Black-water fever - Number 35
Disease focus: Fever
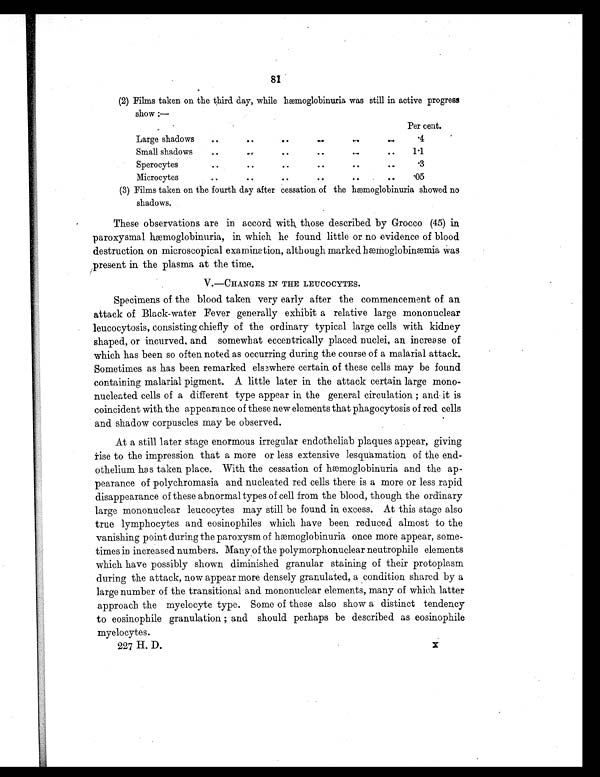
81
(2) Films taken on the third day, while hæmoglobinuria was still in active progress
show :—
Per cent.
Large shadows
. .
. .
. . . .
. .
. .
.4
Small shadows
. .
. .
. .
. .
. .
. .
1.1
Sperocyte
. .
..
. .
. .
. .
..
.3
Microcytes
. .
. .
. .
..
..
. .
.05
(3) Films taken on the fourth day after cessation of the hæmoglobinuria showed no
shadows.
These observations are in accord with those described by Grocco (45) in
paroxysmal hæmoglobinuria, in which he found little or no evidence of blood
destruction on microscopical examination, although marked hæmoglobinmia was
present in the plasma at the time.
V.—CHANGES IN THE LEUCOCYTES.
Specimens of the blood taken very early after the commencement of an
attack of Black-water Fever generally exhibit a relative large mononuclear
leucocytosis, consisting chiefly of the ordinary typical large cells with kidney
shaped, or incurved, and somewhat eccentrically placed nuclei, an increase of
which has been so often noted as occurring during the course of a malarial attack.
Sometimes as has been remarked elsewhere certain of these cells may be found
containing malarial pigment. A little later in the attack certain large mono-
nucleated cells of a different type appear in the general circulation ; and it is
coincident with the appearance of these new elements that phagocytosis of red cells
and shadow corpuscles may be observed.
At a still later stage enormous irregular endotheliab plaques appear, giving
rise to the impression that a more or less extensive lesquamation of the end-
othelium has taken place. With the cessation of hæmoglobinuria and the ap-
pearance of polychromasia and nucleated red cells there is a more or less rapid
disappearance of these abnormal types of cell from the blood, though the ordinary
large mononuclear leucocytes may still be found in excess. At this stage also
true lymphocytes and eosinophiles which have been reduced almost to the
vanishing point during the paroxysm of hæmoglobinuria once more appear, some-
times in increased numbers. Many of the polymorphonuclear neutrophile elements
which have possibly shown diminished granular staining of their protoplasm
during the attack, now appear more densely granulated, a condition shared by a
large number of the transitional and mononuclear elements, many of which latter
approach the myelocyte type. Some of these also show a distinct tendency
to eosinophile granulation ; and should perhaps be described as eosinophile
myelocytes.
227 H. D. x